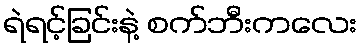
ရဲရင့်ခြင်းနဲ့ စက်ဘီးကလေး